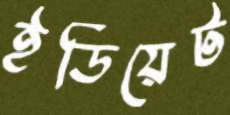
ইডিয়েট